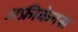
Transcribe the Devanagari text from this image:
अफ्रीकेनस